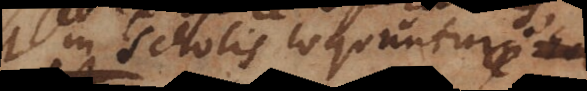
in scholis loquuntur.